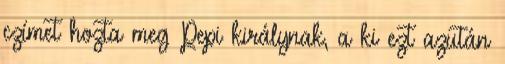
czímet hozta meg Pepi királynak, a ki ezt azután